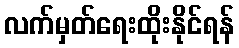
လက်မှတ်ရေးထိုးနိုင်ရန်